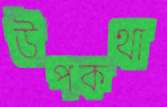
উপকথা